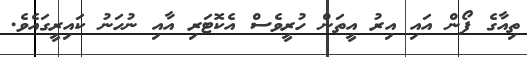
ތިއާގެ ފޯން އައި އިރު އީތަން ހުރީވެސް އެކޮޓަރި އާއި ނުހަނު ކައިރީގައެވެ.